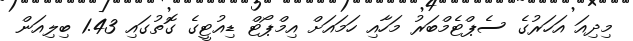
މިދިއަ އަހަރުގެ ސެޕްޓެމްބަރު މަހާއި ހަމައަށް އިމްޕޯޓް ޑިއުޓީގެ ގޮތުގައި 1.43 ބިލިއަން